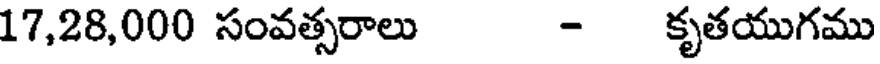
17,28,000 సంవత్సరాలు - కృతయుగము